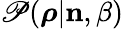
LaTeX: \mathscr{P}(\boldsymbol{\rho}|{\mathbf{n}},\beta)